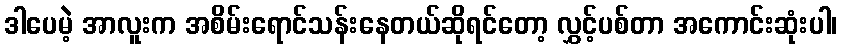
ဒါပေမဲ့ အာလူးက အစိမ်းရောင်သန်းနေတယ်ဆိုရင်တော့ လွှင့်ပစ်တာ အကောင်းဆုံးပါ၊